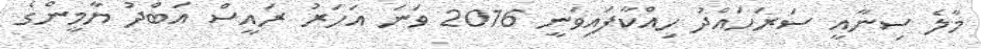
މާލެ ސިނާއީ ސަރަހައްދު ހިއްކާފައިވަނީ 2016 ވަނަ އަހަރު ރައީސް އަބްދު ޔާމީންގެ